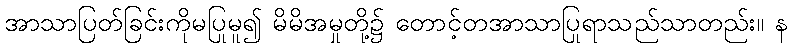
အာသာပြတ်ခြင်းကိုမပြုမူ၍ မိမိအမှုတို့၌ တောင့်တအာသာပြုရာသည်သာတည်း။ န